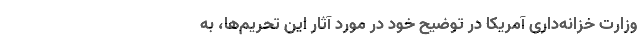
وزارت خزانه‌داری آمریکا در توضیح خود در مورد آثار این تحریم‌ها، به